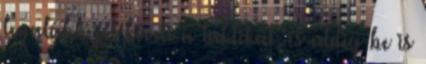
legalább jól követi a taktikát, és eddig be is